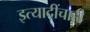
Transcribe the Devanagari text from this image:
इत्यादींचाही